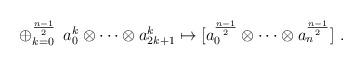
LaTeX: \begin{align*}\oplus_{k=0}^{\frac{n-1}{2}} \:\: a_{0}^{k}\otimes\dots\otimes a^{k}_{2k+1}\mapsto [a_{0}^{\frac{n-1}{2}}\otimes\dots\otimes a^{\frac{n-1}{2}}_{n}] \ .\end{align*}